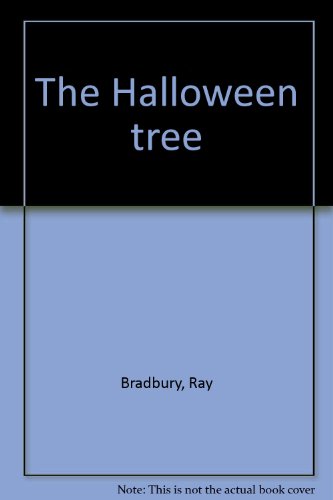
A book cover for The Halloween Tree; Ray Bradbury; Travel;